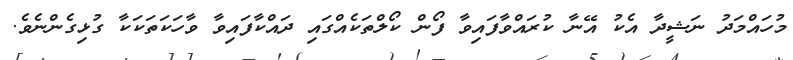
މުހައްމަދު ނަޝީދާ އެކު އޭނާ ކުރައްވާފައިވާ ފޯން ކޯލްތަކެއްގައި ދައްކާފައިވާ ވާހަކަތަކަކާ ގުޅިގެންނެވެ.